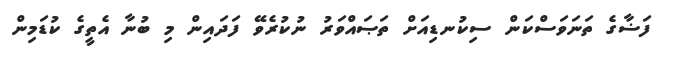
ފަޟާގެ ތަނަވަސްކަން ސިކުނޑިއަށް ތަޞައްވަރު ނުކުރެވޭ ފަދައިން މި ބުނާ އެތީގެ ކުޑަމިން